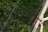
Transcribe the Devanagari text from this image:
भेटण्यापूर्वी